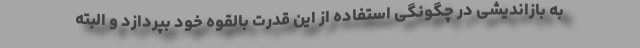
به بازاندیشی در چگونگی استفاده از این قدرت بالقوه خود بپردازد و البته